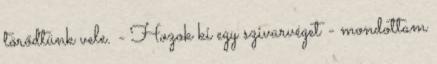
törődtünk vele. - Hozok ki egy szivarvéget - mondottam